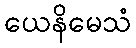
ယေနိမေသံ